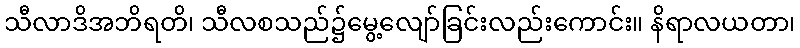
သီလာဒိအဘိရတိ၊ သီလစသည်၌မွေ့လျော်ခြင်းလည်းကောင်း။ နိရာလယတာ၊